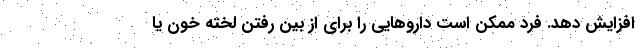
افزایش دهد. فرد ممکن است داروهایی را برای از بین رفتن لخته خون یا